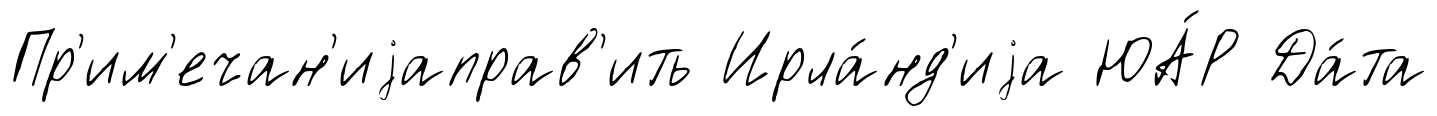
Пр'им'ечан'иjаправ'ить Ирла́нд'иjа ЮА́Р Да́та